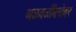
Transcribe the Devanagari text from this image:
चळवळींबरोबर